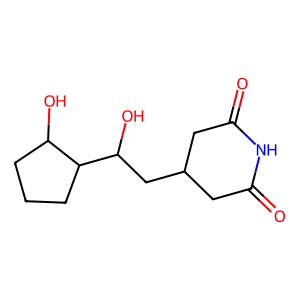
SMILES: O=C1CC(CC(O)C2CCCC2O)CC(=O)N1
Inhibits HIV replication: No